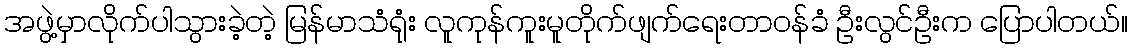
အဖွဲ့မှာလိုက်ပါသွားခဲ့တဲ့ မြန်မာသံရုံး လူကုန်ကူးမူတိုက်ဖျက်ရေးတာဝန်ခံ ဦးလွင်ဦးက ပြောပါတယ်။